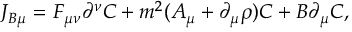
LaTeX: J _ { B \mu } = F _ { \mu \nu } \partial ^ { \nu } { \cal C } + m ^ { 2 } ( A _ { \mu } + \partial _ { \mu } \rho ) { \cal C } + B \partial _ { \mu } { \cal C } ,